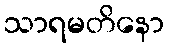
သာရမတိနော